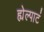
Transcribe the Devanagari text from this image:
ह्येल्पाटं